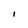
Character: l